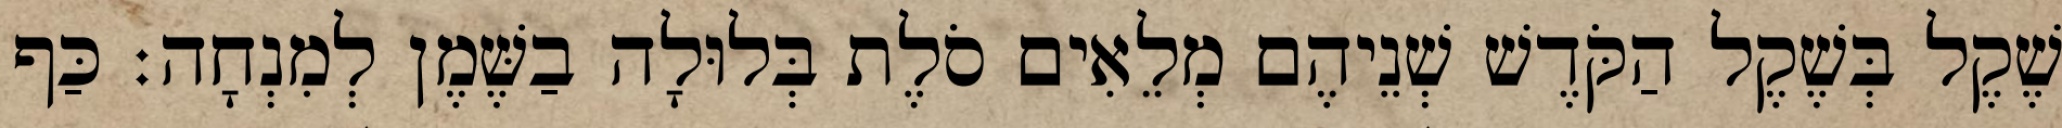
שֶׁקֶל בְּשֶׁקֶל הַקֹּדֶשׁ שְׁנֵיהֶם מְלֵאִים סֹלֶת בְּלוּלָה בַשֶּׁמֶן לְמִנְחָה׃ כַּף